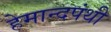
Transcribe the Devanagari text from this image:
हेमान्दपंथी